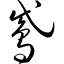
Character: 鸢